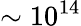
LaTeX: \sim 10^{14}